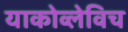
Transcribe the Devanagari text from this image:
याकोव्लेविच